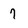
Character: 7